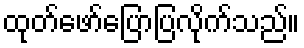
ထုတ်ဖော်ပြောပြလိုက်သည်။